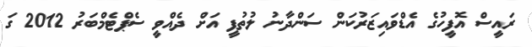
ރައީސް އޮފީހުގެ އެޑްވައިޒަރުކަން ސަންދާނު ލުތުފީ އަށް ދެއްވީ ސެޕްޓެމްބަރު 2012 ގަ